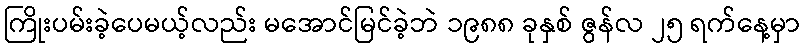
ကြိုးပမ်းခဲ့ပေမယ့်လည်း မအောင်မြင်ခဲ့ဘဲ ၁၉၈၈ ခုနှစ် ဇွန်လ ၂၅ ရက်နေ့မှာ